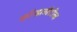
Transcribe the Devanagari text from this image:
कॉन्झर्व्हेटीव्ह